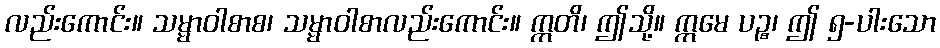
လည်းကောင်း။ သမ္မာဝါစာစ၊ သမ္မာဝါစာလည်းကောင်း။ ဣတိ၊ ဤသို့။ ဣမေ ပဉ္စ၊ ဤ ၅-ပါးသော